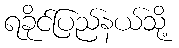
ရခိုင်ပြည်နယ်သို့